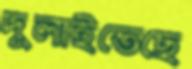
দুলাইতেছে